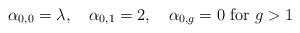
LaTeX: \begin{align*} \alpha_{0,0}=\lambda, \ \ \ \alpha_{0,1}= 2, \ \ \ \alpha_{0,g}=0 \ \mathrm{for} \ g>1 \end{align*}